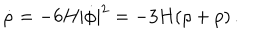
\dot { \rho } = - 6 H | \dot { \phi } | ^ { 2 } = - 3 H ( \rho + p ) \, .